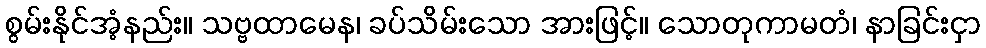
စွမ်းနိုင်အံ့နည်း။ သဗ္ဗထာမေန၊ ခပ်သိမ်းသော အားဖြင့်။ သောတုကာမတံ၊ နာခြင်းငှာ